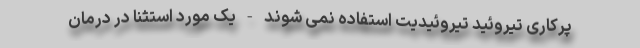
پرکاری تیروئید تیروئیدیت استفاده نمی شوند - یک مورد استثنا در درمان